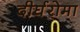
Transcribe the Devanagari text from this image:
दीर्घरोमा